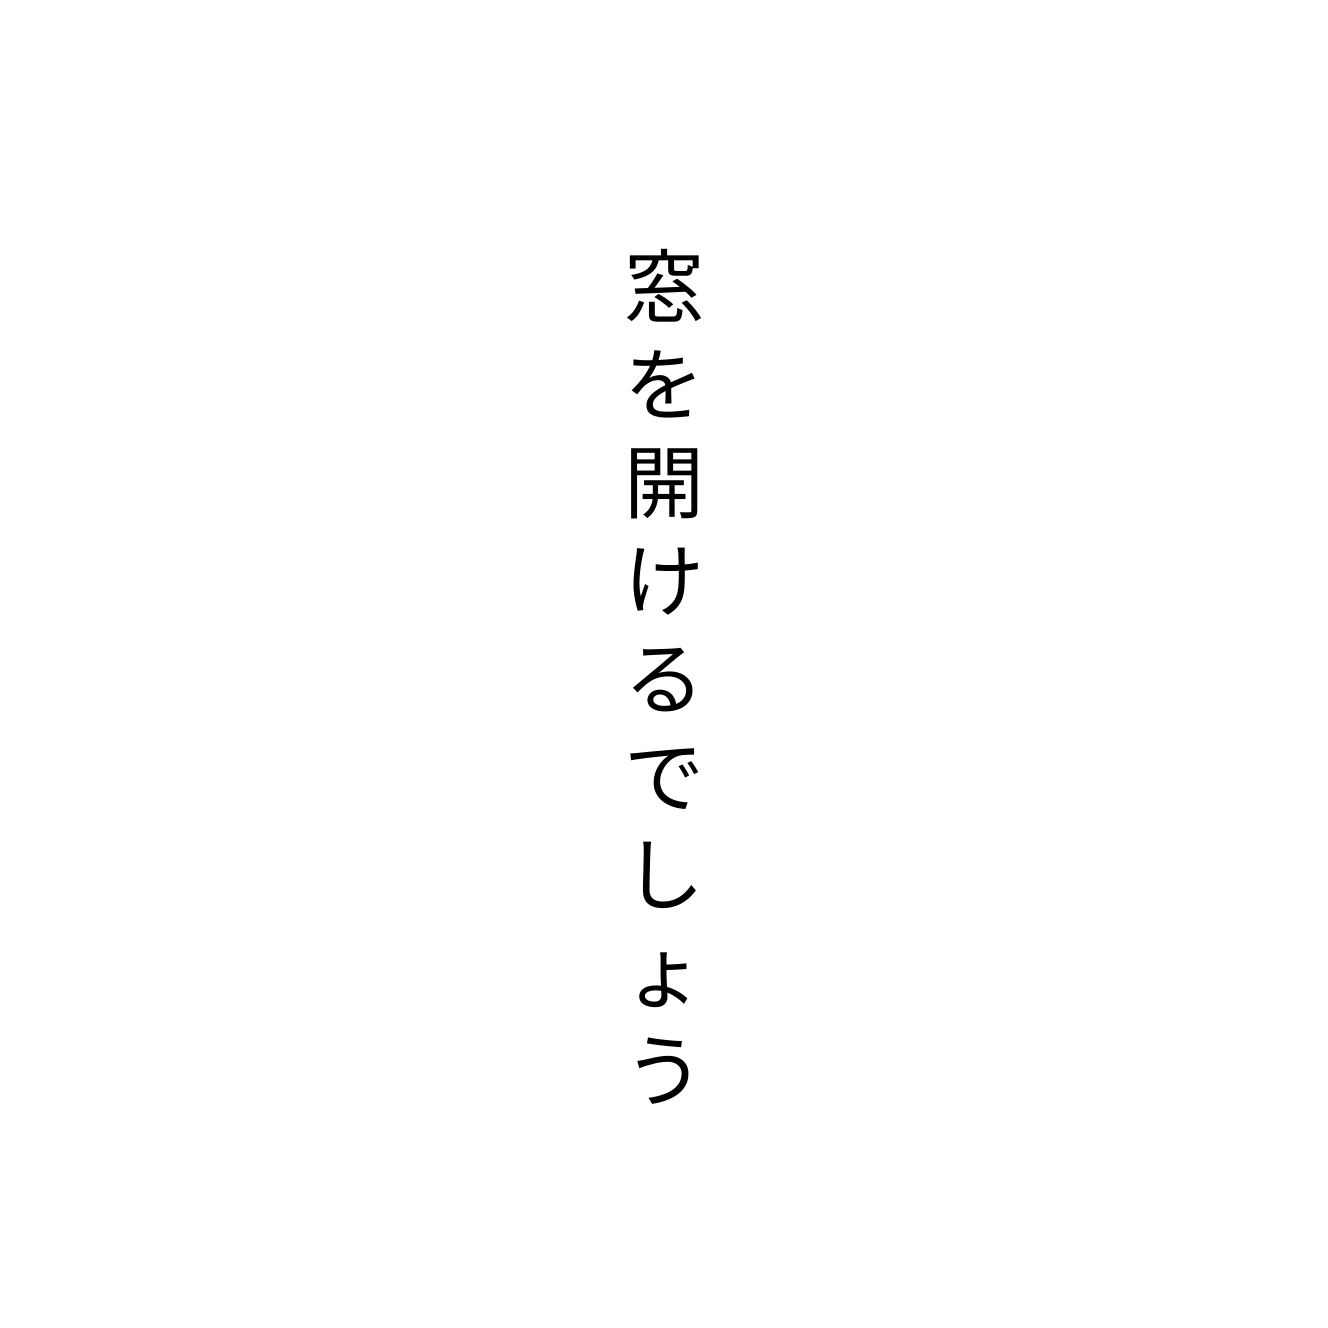
窓を開けるでしょう